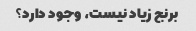
برنج زیاد نیست، وجود دارد؟